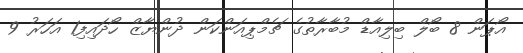
އޯޕަން 8 ބޯލް ބިލިއާޑް މުބާރާތުގެ ޗެމްޕިއަންކަން ދުންޔާޒް ހޯދައިފި1 އަހަރު 9